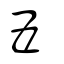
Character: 五